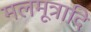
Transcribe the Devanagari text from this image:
मलमूत्रादि